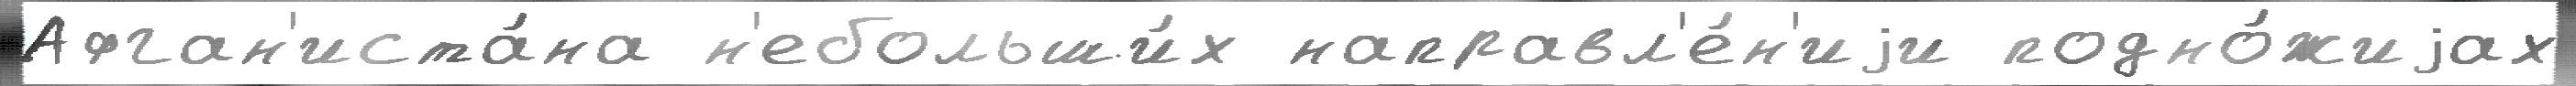
Афган'иста́на н'ебольши́х направл'е́н'иjи подно́жиjах